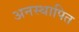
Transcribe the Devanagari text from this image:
अनस्थापित